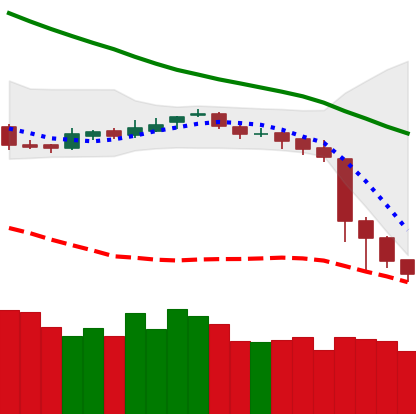
Ticker: BNB-USD
Chart end date: 2018-11-17
Forward return: -25.429%
Label: down_7plus